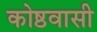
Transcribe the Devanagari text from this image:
कोष्ठवासी